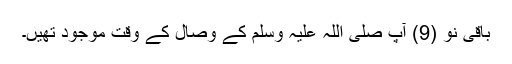
باقی نو (9) آپ صلی اللہ علیہ وَسلم کے وِصال کے وقت موجود تھیں۔